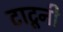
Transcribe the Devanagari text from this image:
टाटूनी